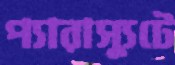
প্যারাস্যুটে